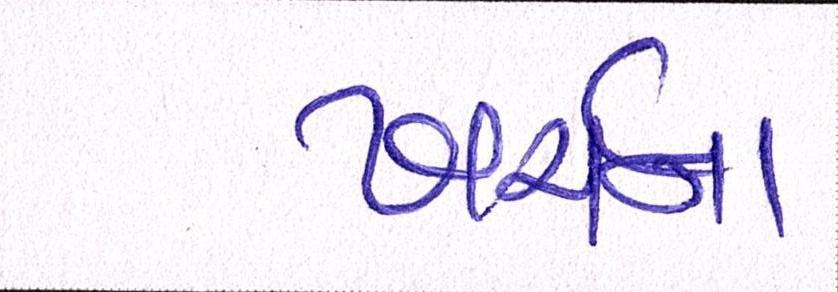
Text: ખર્ચના